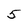
Character: 5